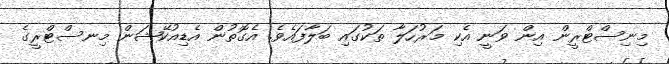
މިނިސްޓްރީން އިން ވަނީ އެކި މަރުހަލާ ތަކުގައި ބަލާފައެވެ. އެގޮތުން އެޑިއުކޭޝަން މިނސްޓްރީގެ